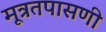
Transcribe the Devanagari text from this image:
मूत्रतपासणी